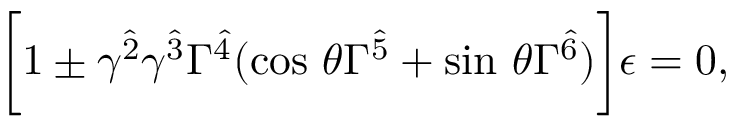
\biggl [ 1 \pm \gamma ^ { \hat { 2 } } \gamma ^ { \hat { 3 } } \Gamma ^ { \hat { 4 } } ( \mathrm { c o s } \ \theta \Gamma ^ { \hat { 5 } } + \mathrm { s i n } \ \theta \Gamma ^ { \hat { 6 } } ) \biggr ] \epsilon = 0 ,